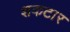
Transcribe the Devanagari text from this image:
शकटार